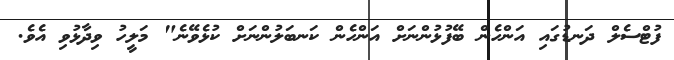
ފުުުުުުޓްސެލް ދަނޑުގައި އަންހެން ބޭފުޅުންނަށް އަންހެން ކަނބަލުންނަށް ކުޅެވޭނެ" މަލީހު ވިދާޅުވި އެވެ.